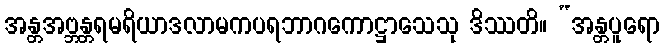
အန္တအဗ္ဘန္တရမရိယာဒလာမကပရဘာဂကောဋ္ဌာသေသု ဒိဿတိ။ “အန္တပူရော